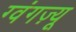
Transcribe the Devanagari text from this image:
ग्वंगज़्यू